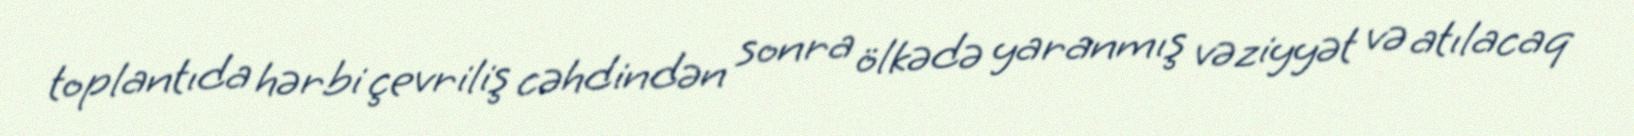
toplantıda hərbi çevriliş cəhdindən sonra ölkədə yaranmış vəziyyət və atılacaq